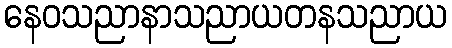
နေဝသညာနာသညာယတနသညာယ